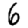
Digit: 6